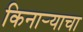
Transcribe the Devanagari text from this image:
किनार्‍याचा